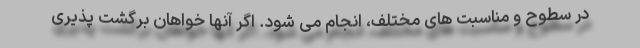
در سطوح و مناسبت های مختلف، انجام می شود. اگر آنها خواهان برگشت پذیری